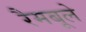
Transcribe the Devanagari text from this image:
रैमबूले